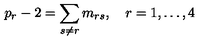
p _ { r } - 2 = \sum _ { s \neq r } m _ { r s } , \quad r = 1 , \ldots , 4